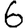
Digit: 6